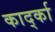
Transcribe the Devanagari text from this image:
कार्द्का